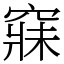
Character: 𥧌